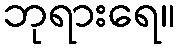
ဘုရားရေ။